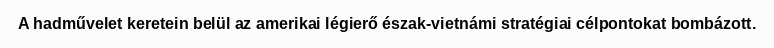
A hadművelet keretein belül az amerikai légierő észak-vietnámi stratégiai célpontokat bombázott.